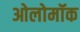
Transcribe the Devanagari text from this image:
ओलोमॉक